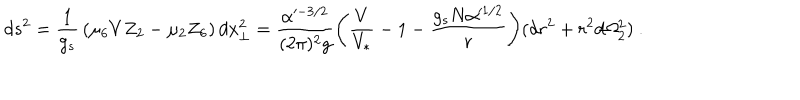
d s ^ { 2 } = { \frac { 1 } { g _ { s } } } \left( \mu _ { 6 } V Z _ { 2 } - \mu _ { 2 } Z _ { 6 } \right) d x _ { \perp } ^ { 2 } = { \frac { \alpha ^ { - 3 / 2 } } { ( 2 \pi ) ^ { 2 } g } } \Biggl ( \frac { V } { V _ { * } } - 1 - \frac { g _ { s } N \alpha ^ { 1 / 2 } } { r } \Biggr ) ( d r ^ { 2 } + r ^ { 2 } d \Omega _ { 2 } ^ { 2 } ) \ .